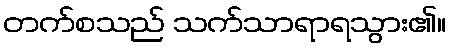
တက်စသည် သက်သာရာရသွား၏။